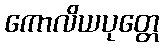
ကောလိယပုတ္တေ